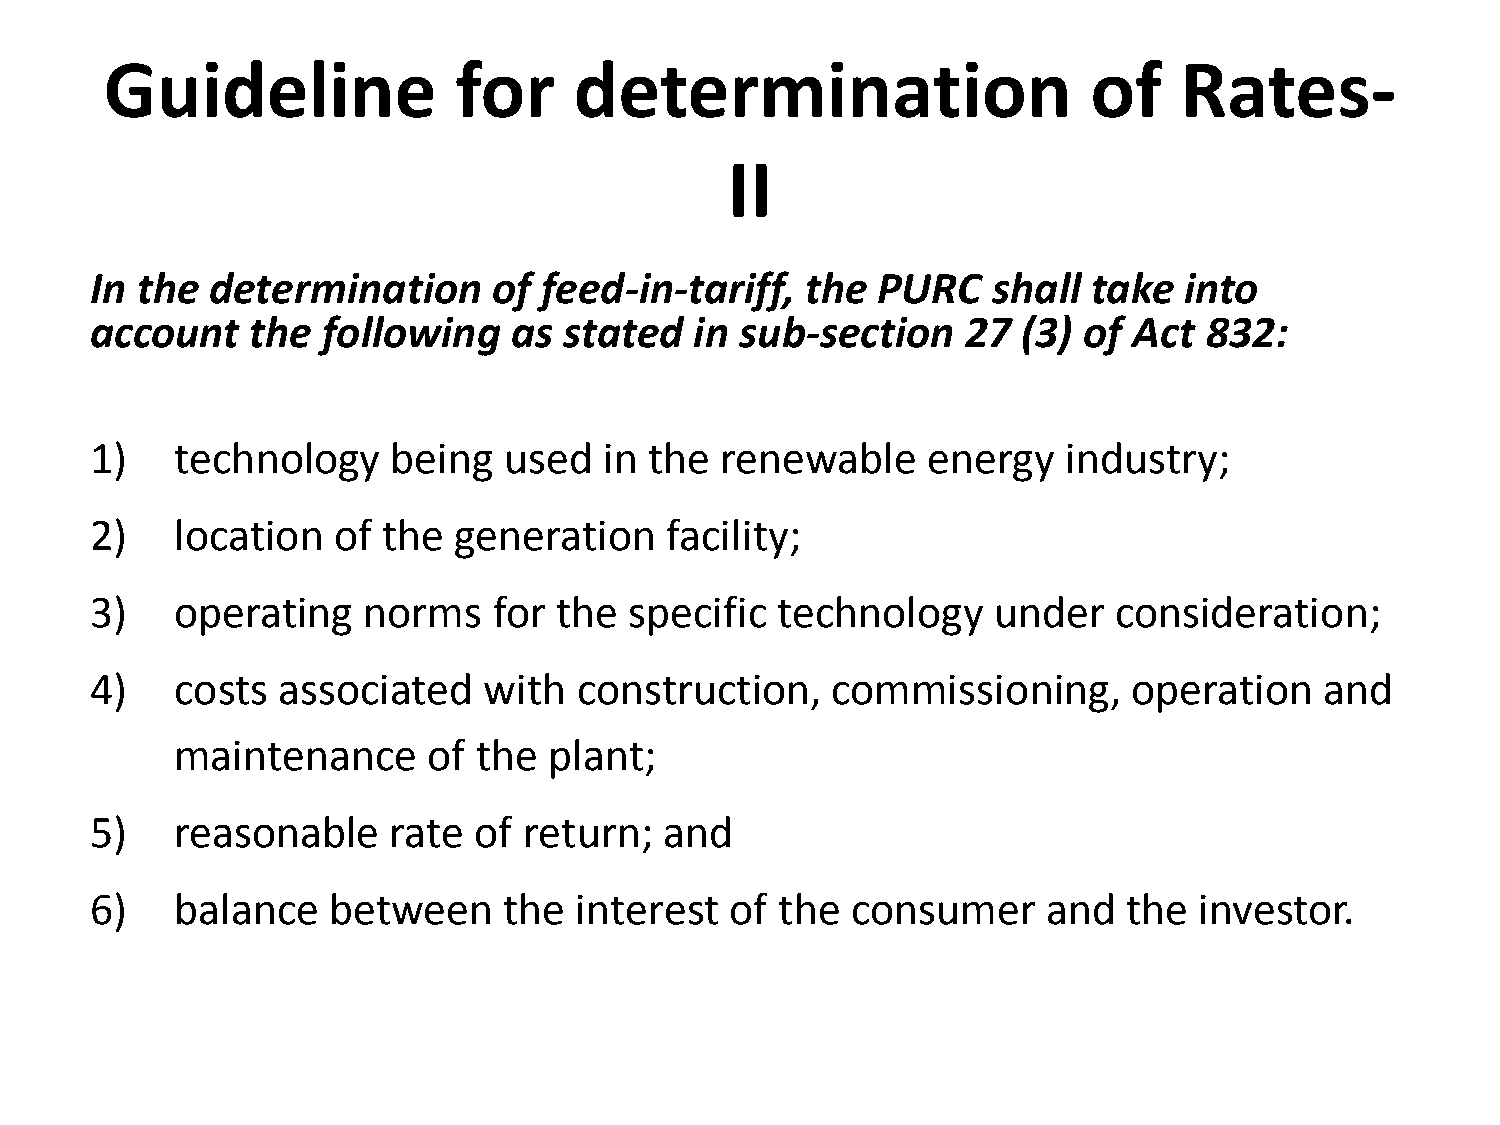
Guideline              for     determination                     of    Rates-
 II
 In the  determination      of feed-in-tariff,  the  PURC    shall take  into
 account    the following    as stated   in sub-section    27  (3) of Act  832:
 1)    technology    being  used   in the  renewable    energy    industry;
 2)    location  of the  generation    facility;
 3)    operating   norms    for the  specific technology     under   consideration;
 4)    costs associated    with  construction,    commissioning,      operation    and
 maintenance     of the  plant;
 5)    reasonable    rate of  return;  and
 6)    balance   between    the  interest  of  the consumer     and   the investor.